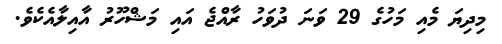
މިދިޔަ މެއި މަހުގެ 29 ވަނަ ދުވަހު ރާއްޖެ އައި މަޝްހޫރު އާއިލާއެކެވެ.